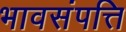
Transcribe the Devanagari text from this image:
भावसंपत्ति